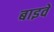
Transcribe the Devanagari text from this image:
बाइवे